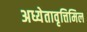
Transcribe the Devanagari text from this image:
अध्येतावृत्तिमिल